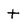
Character: t